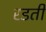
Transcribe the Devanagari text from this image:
रडती